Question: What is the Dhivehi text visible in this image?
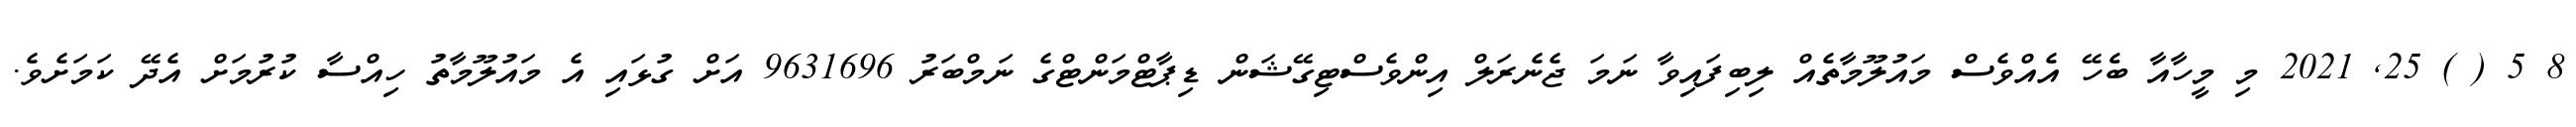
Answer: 8 5 ( ) 25, 2021 މި މީހާއާ ބެހޭ އެއްވެސް މައުލޫމާތެއް ލިބިފައިވާ ނަމަ ޖެނެރަލް އިންވެސްޓިގޭޝަން ޑިޕާޓްމަންޓްގެ ނަމްބަރު 9631696 އަށް ގުޅައި އެ މައުލޫމާތު ހިއްސާ ކުރުމަށް އެދޭ ކަމަށެވެ.